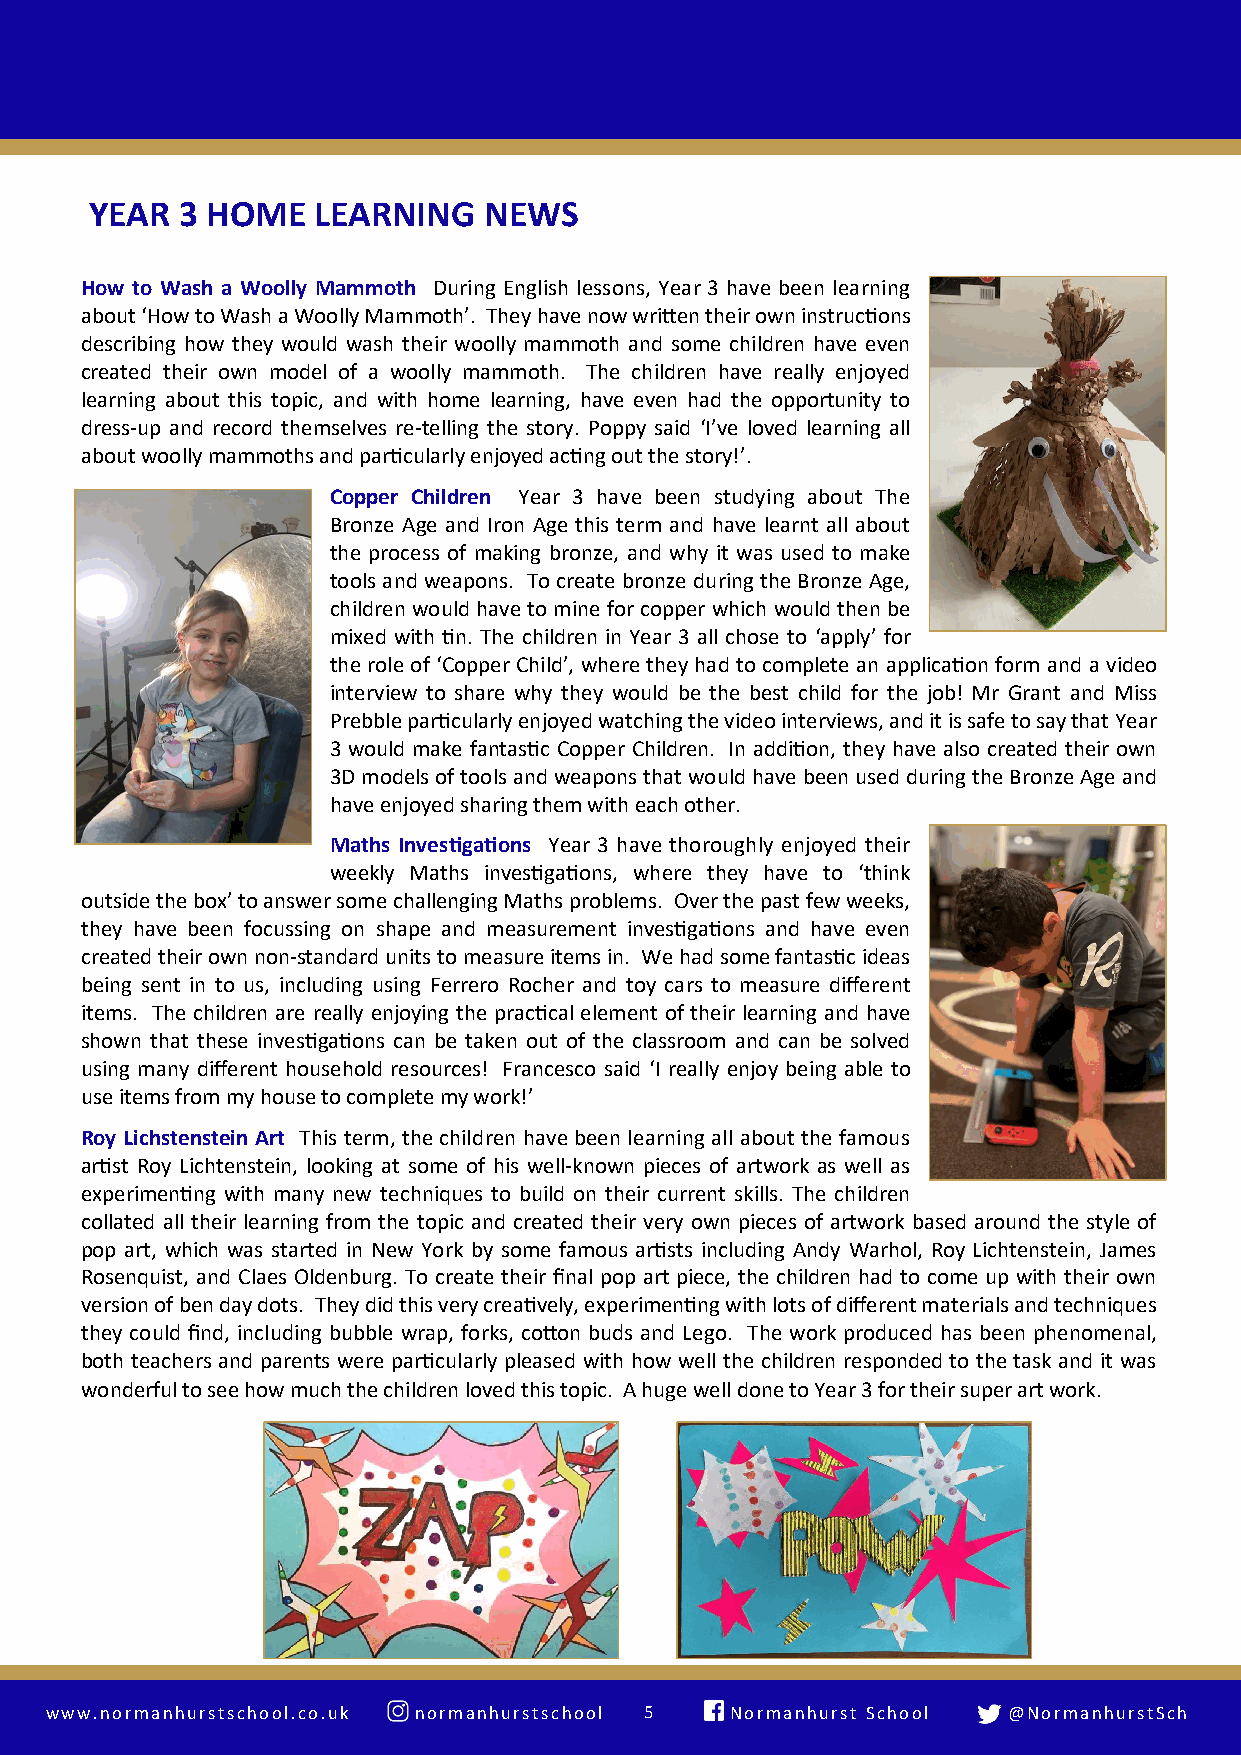
YEAR  3 HOME   LEARNING   NEWS
 NE
 How to Wash a Woolly Mammoth During English lessons, Year 3 have been learning
 about ‘How to Wash a Woolly Mammoth’. They have now written their own instructions
 describing how they would wash their woolly mammoth and some children have even
 created their own model of a woolly mammoth. The children have really enjoyed
 learning about this topic, and with home learning, have even had the opportunity to
 dress-up and record themselves re-telling the story. Poppy said ‘I’ve loved learning all
 about woolly mammoths and particularly enjoyed acting out the story!’.
 Copper Children Year 3 have been studying about The
 Bronze Age and Iron Age this term and have learnt all about
 the process of making bronze, and why it was used to make
 tools and weapons. To create bronze during the Bronze Age,
 children would have to mine for copper which would then be
 mixed with tin. The children in Year 3 all chose to ‘apply’ for
 the role of ‘Copper Child’, where they had to complete an application form and a video
 interview to share why they would be the best child for the job! Mr Grant and Miss
 Prebble particularly enjoyed watching the video interviews, and it is safe to say that Year
 3 would make fantastic Copper Children. In addition, they have also created their own
 3D models of tools and weapons that would have been used during the Bronze Age and
 have enjoyed sharing them with each other.
 Maths Investigations Year 3 have thoroughly enjoyed their
 weekly Maths investigations, where they have to ‘think
 outside the box’ to answer some challenging Maths problems. Over the past few weeks,
 they have been focussing on shape and measurement investigations and have even
 created their own non-standard units to measure items in. We had some fantastic ideas
 being sent in to us, including using Ferrero Rocher and toy cars to measure different
 items. The children are really enjoying the practical element of their learning and have
 shown that these investigations can be taken out of the classroom and can be solved
 using many different household resources! Francesco said ‘I really enjoy being able to
 use items from my house to complete my work!’
 Roy Lichstenstein Art This term, the children have been learning all about the famous
 artist Roy Lichtenstein, looking at some of his well-known pieces of artwork as well as
 experimenting with many new techniques to build on their current skills. The children
 collated all their learning from the topic and created their very own pieces of artwork based around the style of
 pop art, which was started in New York by some famous artists including Andy Warhol, Roy Lichtenstein, James
 Rosenquist, and Claes Oldenburg. To create their final pop art piece, the children had to come up with their own
 version of ben day dots. They did this very creatively, experimenting with lots of different materials and techniques
 they could find, including bubble wrap, forks, cotton buds and Lego. The work produced has been phenomenal,
 both teachers and parents were particularly pleased with how well the children responded to the task and it was
 wonderful to see how much the children loved this topic. A huge well done to Year 3 for their super art work.
 www.normanhurstschool.co.uk normanhurstschool 5 N o rmanhurst School @NormanhurstSch